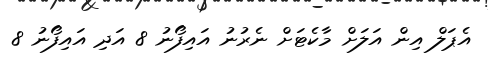
އެޕަލް އިން އަލަށް މާކެޓަށް ނެރުނު އައިފޯނު 8 އަދި އައިފޯނު 8